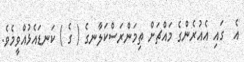
އެ  ގައި އެއުރެންގެ މައްޗަށް ތިމަންރަސްކަލާނގެ ( ގެ ) ކަނޑައެޅުއްވީމެވެ.